system: You are a helpful assistant.
user:
Analyze the provided spectrum to determine if it is a **M-type Giant (gM)**.

A M-type Giant spectrum is defined by its **strong molecular absorption** features, particularly from **Titanium Oxide (TiO)**. You must check for one of the following mutually exclusive signatures:

- **Key Visual Indicators (Absorption-Dominated Spectrum):**

    - **(Primary):** The spectrum is dominated by strong molecular absorption from **Titanium Oxide (TiO)**. This is the **defining feature** of its M-type temperature class.
        - **(Key Bandheads):** Look for sharp, "saw-tooth" absorption valleys. The strongest are located near **~7050 Å**, **~6160 Å**, and **~5170 Å**.
        - **(Line Profile):** The "saw-tooth" morphology is critical: a **sharp, steep drop on the BLUE (short-wavelength) side** of the bandhead, followed by a gradual recovery (rising flux) towards the RED (long-wavelength) side.

    - **(Key Confirmation - Giant vs. Dwarf):** **ABSENCE** of strong **Calcium Hydride (CaH)** molecular bands. This is the primary diagnostic for *excluding* M-dwarfs.
        - **(Key Region):** The spectrum should lack the strong, broad absorption band seen in dwarfs between **~6800 Å and ~7000 Å**.

    - **(Secondary Confirmation - Giant):** A very strong and broad **Neutral Calcium (Ca I)** atomic absorption line.
        - **(Key Line):** Located at **~4226 Å**. In a giant (gM), this line is significantly deeper and broader than the same line in an M-dwarf (dM) due to low surface gravity.

    - **(Overall Spectrum):**
        - The continuum is **extremely red-sloping** (i.e., flux is very low in the blue and rises dramatically towards the red).
        - The entire spectrum appears "chopped up" by the deep TiO bands.

Think first, call **spectral_visualization_tool** if needed to examine features in detail, then provide your final answer. Your response must adhere to the following strict rules:
1.  **Overall Structure:** Your response must follow the format `<think>...</think> <tool_call>...</tool_call> (if a tool is used) <answer>...</answer>`.
2.  **Tool Usage Constraint:** You may only make **one** tool call per turn.
3.  **Final Answer Format:** In the `<answer>` tag, your conclusion must be inside a `\boxed{}` command (e.g., `\boxed{YES}` or `\boxed{NO}`), followed by your justification.

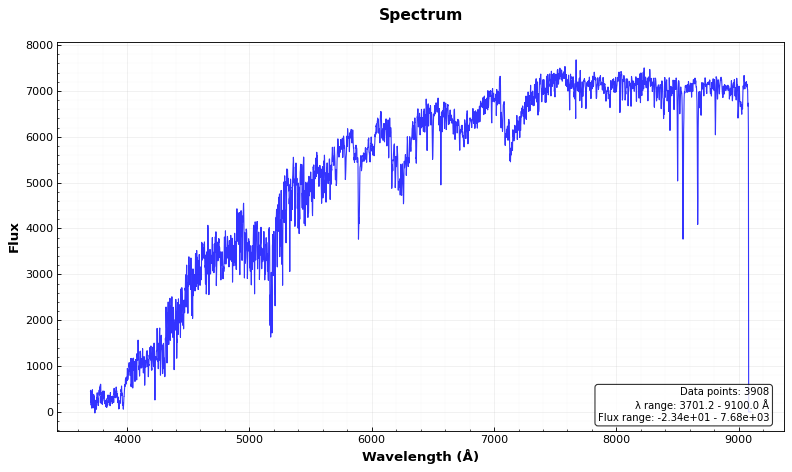
Answer: NO